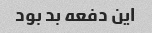
این دفعه بد بود